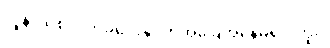
လူနာသစ်လက်ခံပေးနိုင်တဲ့အခြေအနေမရှိပါဘူး။